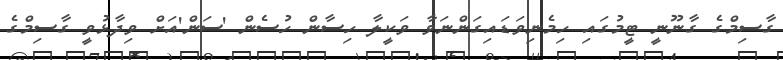
ގާސިމްގެ ގާނޫނީ ޓީމުގައި ހިމެނިވަޑައިގަންނަވާ ވަކީލާ ހިސާން ހުސެން 'ސަން'އަށް ވިދާޅުވީ ގާސިމްގެ